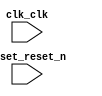

module adder_nios (
	clk_clk,
	reset_reset_n);	

	input		clk_clk;
	input		reset_reset_n;
endmodule